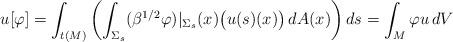
LaTeX: \begin{align*}u[\varphi] =\int_{t(M)} \left(\int_{\Sigma_s} (\beta^{1/2}\varphi)|_{\Sigma_s}(x)\big(u(s)(x)\big) \, dA(x)\right) ds=\int_M \varphi u\, dV\end{align*}